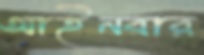
আইনবার